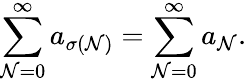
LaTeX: \sum_{\mathcal{N}=0}^{\infty}a_{\sigma(\mathcal{N})}=\sum_{\mathcal{N}=0}^{\infty}a_{\mathcal{N}}.